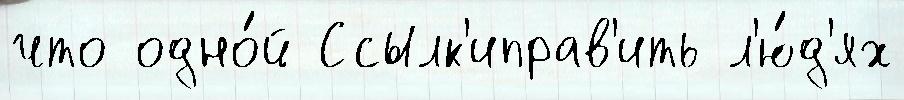
что одно́й Ссылк'иправ'ить л'ю́д'ях